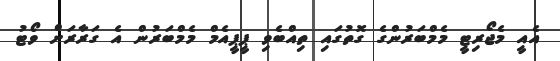
އެއީ މެޖޯރިޓީ މެމްބަރުންގެ ގޮތުގައި ތިއްބެވި ޕީޕީއެމް މެމްބަރުން އެ ގަރާރަށް ވޯޓު